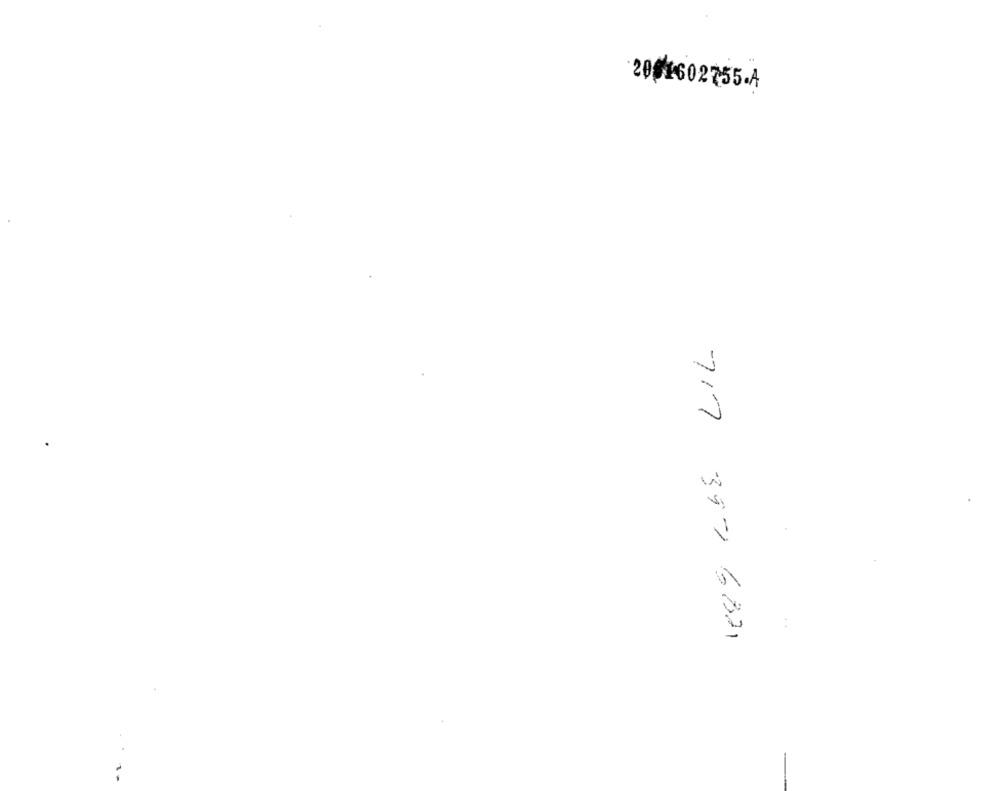
20 480275 . A
..
717 39- 6821